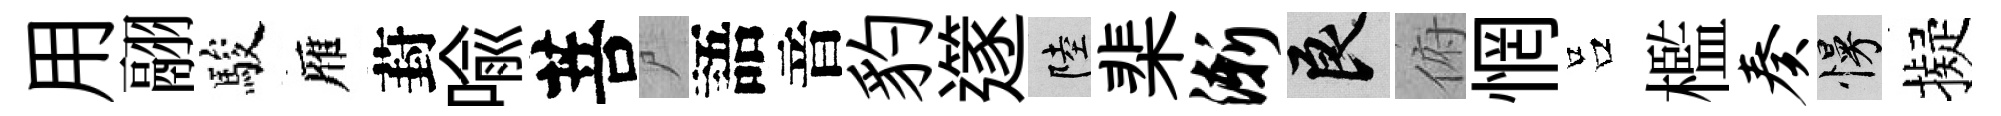
用翮駿雁葑喩菩尸語音豹𨗹陸棐渐良俯惘吕檻奏慢擬